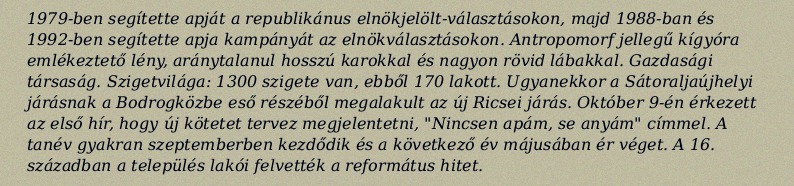
1979-ben segítette apját a republikánus elnökjelölt-választásokon, majd 1988-ban és 1992-ben segítette apja kampányát az elnökválasztásokon. Antropomorf jellegű kígyóra emlékeztető lény, aránytalanul hosszú karokkal és nagyon rövid lábakkal. Gazdasági társaság. Szigetvilága: 1300 szigete van, ebből 170 lakott. Ugyanekkor a Sátoraljaújhelyi járásnak a Bodrogközbe eső részéből megalakult az új Ricsei járás. Október 9-én érkezett az első hír, hogy új kötetet tervez megjelentetni, "Nincsen apám, se anyám" címmel. A tanév gyakran szeptemberben kezdődik és a következő év májusában ér véget. A 16. században a település lakói felvették a református hitet.